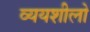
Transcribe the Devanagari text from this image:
व्ययशीलो